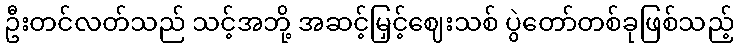
ဦးတင်လတ်သည် သင့်အဘို့ အဆင့်မြှင့်ဈေးသစ် ပွဲတော်တစ်ခုဖြစ်သည့်